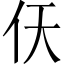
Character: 𫢋